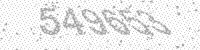
Solution: 549653